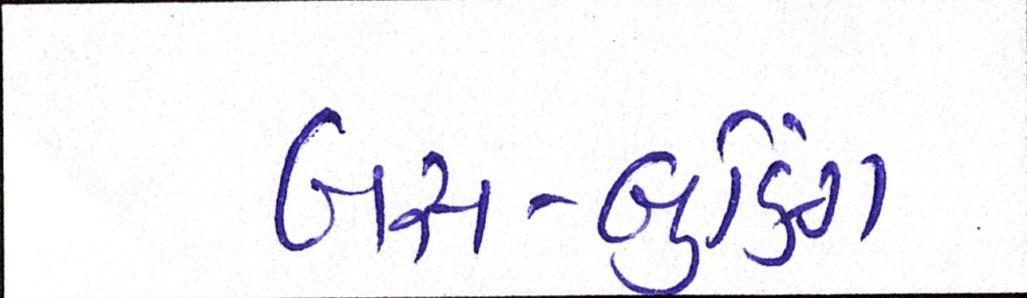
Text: બસ-બુકિંગ